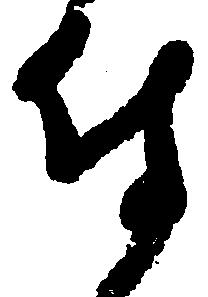
付